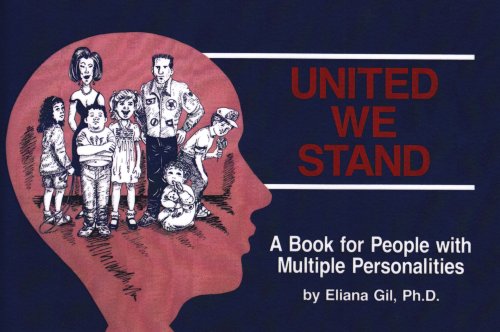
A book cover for United We Stand: A Book for People With Multiple Personalities; Eliana Gil; Health, Fitness & Dieting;